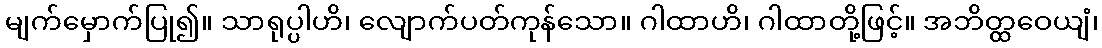
မျက်မှောက်ပြု၍။ သာရုပ္ပါဟိ၊ လျောက်ပတ်ကုန်သော။ ဂါထာဟိ၊ ဂါထာတို့ဖြင့်။ အဘိတ္ထဝေယျံ၊